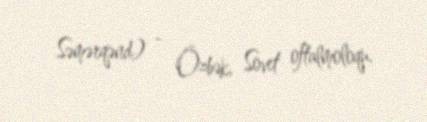
Səmərqənd) - Özbək, Sovet oftalmoloqu.